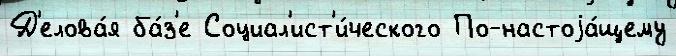
Д'елова́я ба́з'е Социал'ист'и́ческого По-настоjа́щему